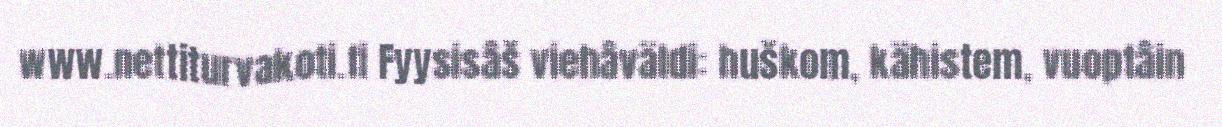
www.nettiturvakoti.fi Fyysisâš viehâväldi: huškom, kähistem, vuoptâin